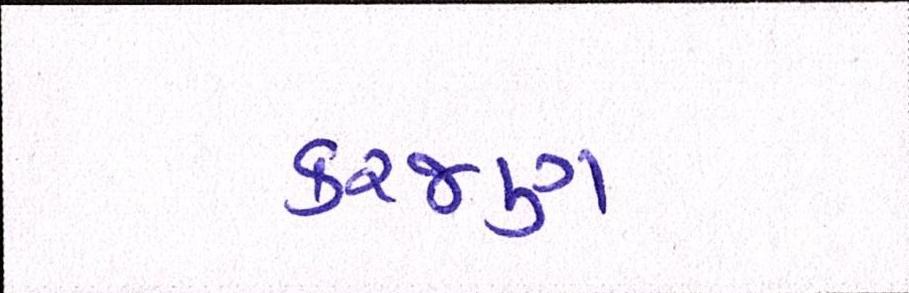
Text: કરજણ